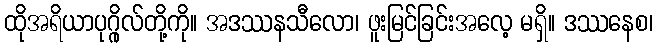
ထိုအရိယာပုဂ္ဂိုလ်တို့ကို။ အဒဿနသီလော၊ ဖူးမြင်ခြင်းအလေ့ မရှိ။ ဒဿနေစ၊